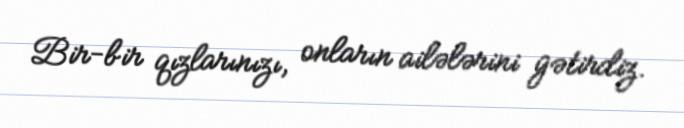
Bir-bir qızlarınızı, onların ailələrini gətirdiz.